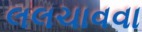
લલચાવવા